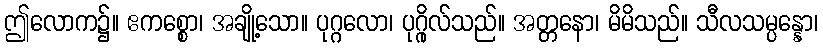
ဤလောက၌။ ဧကစ္စော၊ အချို့သော။ ပုဂ္ဂလော၊ ပုဂ္ဂိုလ်သည်။ အတ္တနော၊ မိမိသည်။ သီလသမ္ပန္နော၊